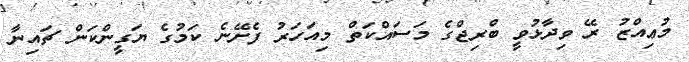
މުޢިއްޒު ރޭ ވިދާޅުވީ ބްރިޖްގެ މަސައްކަތް މިއަހަރު ފެށޭނެ ކަމުގެ ޔަގީންކަން ޗައިނާ